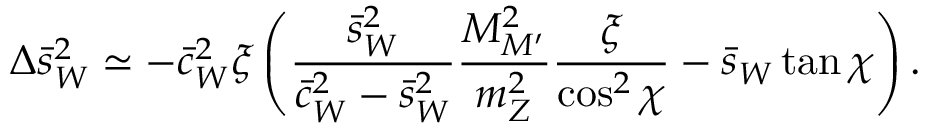
\Delta \bar { s } _ { W } ^ { 2 } \simeq - \bar { c } _ { W } ^ { 2 } \xi \left( { \frac { \bar { s } _ { W } ^ { 2 } } { \bar { c } _ { W } ^ { 2 } - \bar { s } _ { W } ^ { 2 } } } { \frac { M _ { M ^ { \prime } } ^ { 2 } } { m _ { Z } ^ { 2 } } } { \frac { \xi } { \cos ^ { 2 } \chi } } - \bar { s } _ { W } \tan \chi \right) .